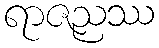
ရာဇညဿ